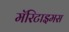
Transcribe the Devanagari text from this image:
मॅरिटाइमस